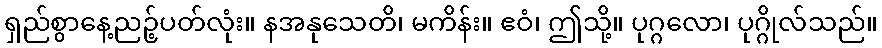
ရှည်စွာနေ့ညဉ့်ပတ်လုံး။ နအနုသေတိ၊ မကိန်း။ ဧဝံ၊ ဤသို့။ ပုဂ္ဂလော၊ ပုဂ္ဂိုလ်သည်။